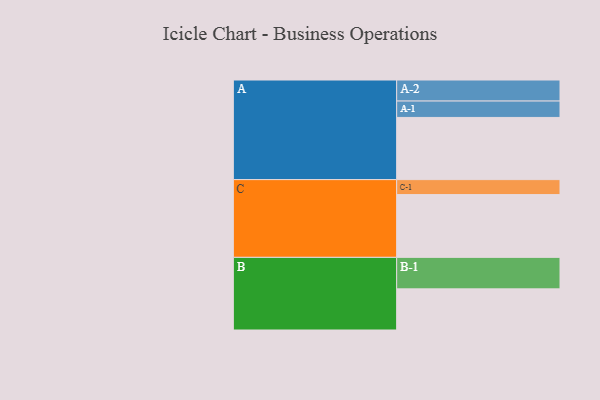
{"axis": {"x": "Segment", "y": "Value"}, "legend": ["", "A", "B", "C"], "data": [{"x": "A", "y": 523, "type": ""}, {"x": "B", "y": 346, "type": ""}, {"x": "C", "y": 528, "type": ""}, {"x": "A-1", "y": 138, "type": "A"}, {"x": "A-2", "y": 177, "type": "A"}, {"x": "B-1", "y": 265, "type": "B"}, {"x": "C-1", "y": 126, "type": "C"}]}